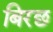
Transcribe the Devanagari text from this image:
बिरछ